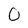
Character: 0